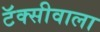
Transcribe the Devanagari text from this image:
टॅक्सीवाला